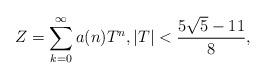
LaTeX: \begin{align*} Z = \sum_{k=0}^{\infty} a(n) T^{n}, |T| < \frac{5 \sqrt{5} -11}{8},\end{align*}